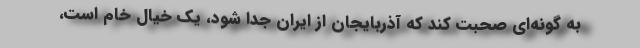
به گونه‌ای صحبت کند که آذربایجان از ایران جدا شود، یک خیال خام است،